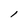
Character: l